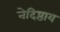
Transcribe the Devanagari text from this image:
नेदिष्ठाय